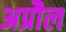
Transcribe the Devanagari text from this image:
अप्रौल